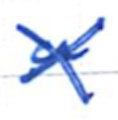
Text: a
Cross-out: mix
Writing tool: ballpoint